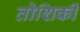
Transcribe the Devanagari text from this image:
तोशिकी